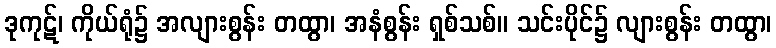
ဒုကုဋ်၊ ကိုယ်ရုံ၌ အလျားစွန်း တထွာ၊ အနံစွန်း ရှစ်သစ်။ သင်းပိုင်၌ လျားစွန်း တထွာ၊